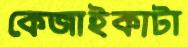
কেজাইকাটা